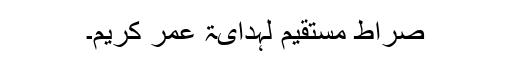
صراط مستقیم لہدایۃ عمر کریم۔